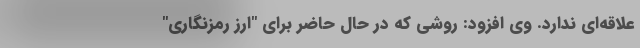
علاقه‌ای ندارد. وی افزود: روشی که در حال حاضر برای "ارز رمزنگاری"